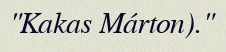
"Kakas Márton)."